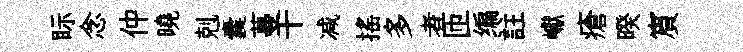
眎念仲曉剋囊蔓干减搖多者匝编註巘瘡暌賔